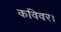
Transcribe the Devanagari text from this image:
कविवर।